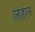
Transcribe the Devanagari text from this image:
लहल